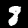
Digit: 8